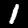
Label: 1